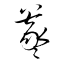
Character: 羲